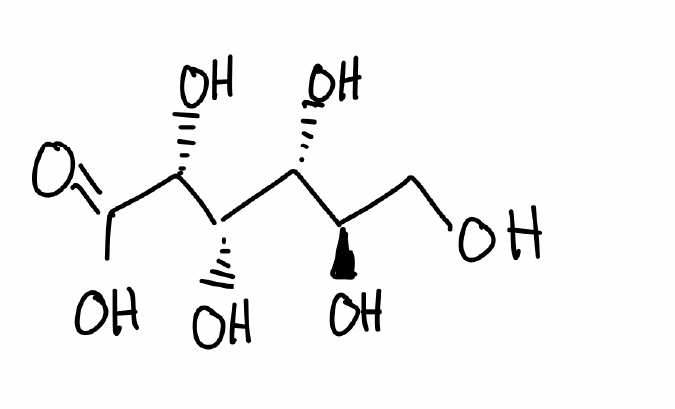
Simplified molecular-input line-entry system (SMILES) notation of the given molecule:
C([C@H]([C@H]([C@@H]([C@H](C(=O)O)O)O)O)O)O